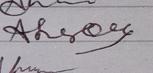
Signature authenticity: genuine